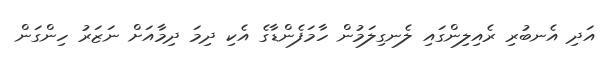
އަދި އެނބުރި ރެއިލިންގައި ލެނގިލަމުން ހާމަފެންޑާގެ އެކި ދިމަ ދިމާއަށް ނަޒަރު ހިންގަން